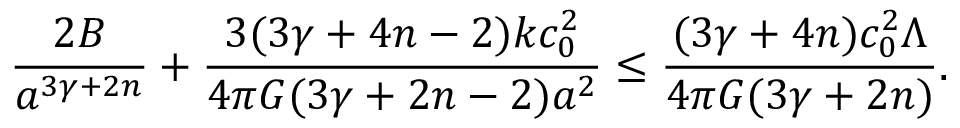
{ \frac { 2 B } { a ^ { 3 \gamma + 2 n } } } + { \frac { 3 ( 3 \gamma + 4 n - 2 ) k c _ { 0 } ^ { 2 } } { 4 \pi G ( 3 \gamma + 2 n - 2 ) a ^ { 2 } } } \leq { \frac { ( 3 \gamma + 4 n ) c _ { 0 } ^ { 2 } \Lambda } { 4 \pi G ( 3 \gamma + 2 n ) } } .